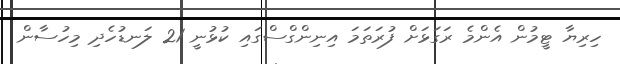
ހިރިޔާ ޓީމުން އެންމެ ރަގަޅަށް ފުރަތަމަ އިނިންގްސްގައި ކުޅުނީ 21 ލަނޑުހެދި މިހުސާން